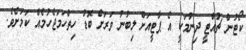
ކޯޓުން ޗުއްޓީ ދިނުމަކީ އެ ޕާޓީއަށް ލިބުނު ވަރަށް ބޮޑު ހިތްހަމަޖެހުމެއް ކަމަށެވެ.